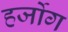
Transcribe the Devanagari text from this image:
हर्जोग